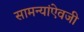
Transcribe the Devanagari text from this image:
सामन्यांऐवजी